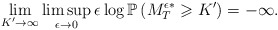
\begin{align*} \lim_{K' \rightarrow \infty} \limsup_{\epsilon \rightarrow 0} \epsilon \log \mathbb{P}\left(M_{T}^{\epsilon*}\geqslant K'\right)=-\infty. \end{align*}